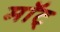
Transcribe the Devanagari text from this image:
माॅट्